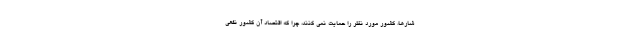
شارها، کشور مورد نظر را حمایت نمی کنند، چرا که اقتصاد آن کشور نفعی